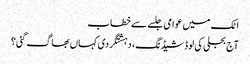
اٹک میں عوامی جلسے سے خطاب
آج بجلی کی لوڈشیڈنگ، دہشتگردی کہاں بھاگ گئی؟